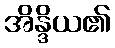
အိန္ဒိယ၏